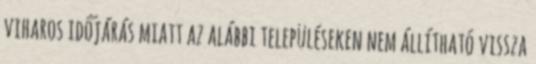
viharos időjárás miatt az alábbi településeken nem állítható vissza